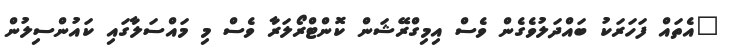
"އެތައް ފަހަރަކު ބައްދަލުވެގެން ވެސް އިމިގްރޭޝަން ކޮންޓްރޯލަރާ ވެސް މި މައްސަލާގައި ކައުންސިލުން